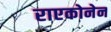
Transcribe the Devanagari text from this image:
राएकोनेन